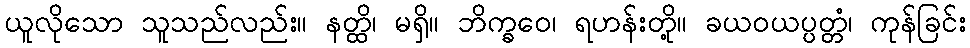
ယူလိုသော သူသည်လည်း။ နတ္ထိ၊ မရှိ။ ဘိက္ခဝေ၊ ရဟန်းတို့။ ခယဝယပ္ပတ္တံ၊ ကုန်ခြင်း